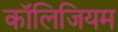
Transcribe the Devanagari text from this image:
कॉलिजियम